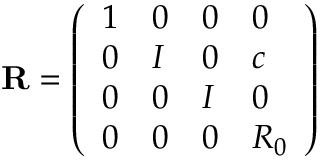
{ \bf R } = \left( \begin{array} { l l l l } { { 1 } } & { { 0 } } & { { 0 } } & { { 0 } } \\ { { 0 } } & { { I } } & { { 0 } } & { { c } } \\ { { 0 } } & { { 0 } } & { { I } } & { { 0 } } \\ { { 0 } } & { { 0 } } & { { 0 } } & { { R _ { 0 } } } \end{array} \right)